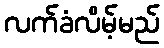
လက်ခံလိမ့်မည်